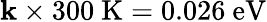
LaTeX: \mathbf{k}\times300~\mathrm{{K}}=0.026~\mathrm{{eV}}